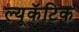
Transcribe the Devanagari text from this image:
ल्यूकॅटिक